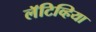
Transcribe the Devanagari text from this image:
लॅटिव्हिया